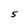
Character: S